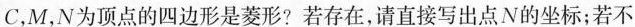
C，M，N为顶点的四边形是菱形?若存在，请直接写出点N的坐标；若不